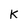
Character: k